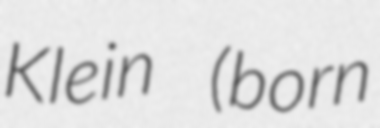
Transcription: Klein (born